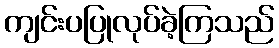
ကျင်းပပြုလုပ်ခဲ့ကြသည်